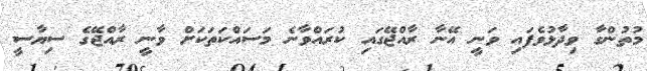
މުތުންގާ ވިދާޅުވެފައި ވަނީ އޭނާ ރާއްޖޭގައި ކުރައްވާނެ މަސައްކަތަކަށް ވާނީ ރާއްޖޭގެ ސިޔާސީ